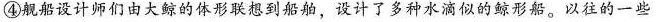
④舰船设计师们由大鲸的体形联想到船舶，设计了多种水滴似的鲸形船。以往的一些